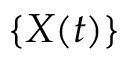
\{ X ( t ) \} \,